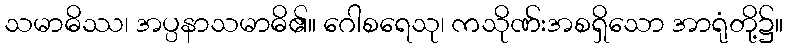
သမာဓိဿ၊ အပ္ပနာသမာဓိ၏။ ဂေါစရေသု၊ ကသိုဏ်းအစရှိသော အာရုံတို့၌။